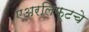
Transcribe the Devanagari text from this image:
एअरलिफ्टचे